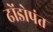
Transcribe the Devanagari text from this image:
ढोंडोपंत